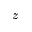
z